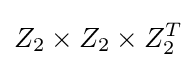
Z_{2}\times Z_{2}\times Z_{2}^{T}